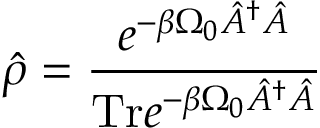
\hat { \rho } = \frac { e ^ { - \beta \Omega _ { 0 } \hat { A } ^ { \dagger } \hat { A } } } { \mathrm { T r } e ^ { - \beta \Omega _ { 0 } \hat { A } ^ { \dagger } \hat { A } } }